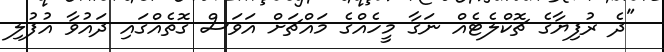
"ދެ ރުފިޔާގެ ޗޮކްލެޓެއް ނަގާ މީހެއްގެ މައްޗަށް އަވަސް ގޮތެއްގައި ދައުވާ އުފުލި